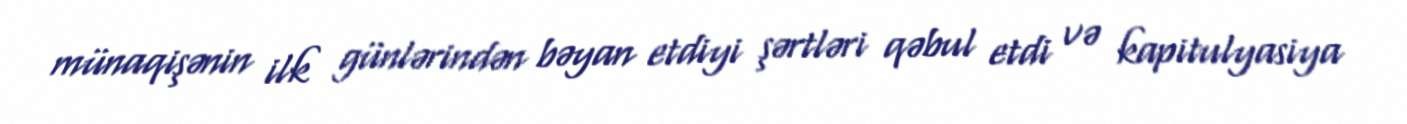
münaqişənin ilk günlərindən bəyan etdiyi şərtləri qəbul etdi və kapitulyasiya